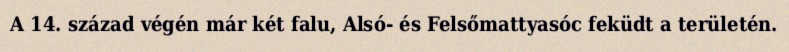
A 14. század végén már két falu, Alsó- és Felsőmattyasóc feküdt a területén.